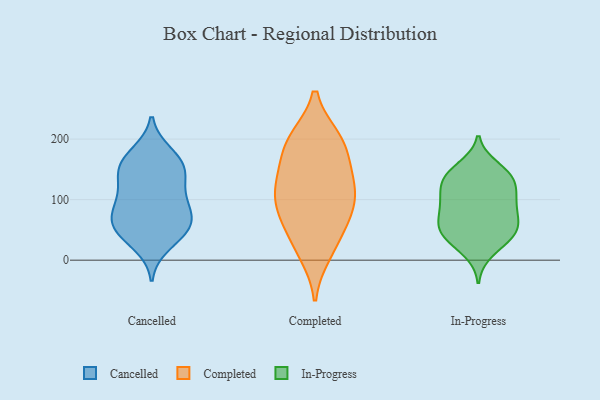
{"axis": {"x": "Bounce Rate (%)", "y": "Value"}, "legend": ["Cancelled", "Completed", "In-Progress"], "data": [{"x": "", "y": 88, "type": "Cancelled"}, {"x": "", "y": 173, "type": "Cancelled"}, {"x": "", "y": 64, "type": "Cancelled"}, {"x": "", "y": 148, "type": "Cancelled"}, {"x": "", "y": 114, "type": "Cancelled"}, {"x": "", "y": 43, "type": "Cancelled"}, {"x": "", "y": 56, "type": "Cancelled"}, {"x": "", "y": 54, "type": "Cancelled"}, {"x": "", "y": 177, "type": "Cancelled"}, {"x": "", "y": 148, "type": "Cancelled"}, {"x": "", "y": 154, "type": "Cancelled"}, {"x": "", "y": 88, "type": "Cancelled"}, {"x": "", "y": 79, "type": "Cancelled"}, {"x": "", "y": 111, "type": "Cancelled"}, {"x": "", "y": 51, "type": "Cancelled"}, {"x": "", "y": 146, "type": "Cancelled"}, {"x": "", "y": 25, "type": "Cancelled"}, {"x": "", "y": 12, "type": "Completed"}, {"x": "", "y": 200, "type": "Completed"}, {"x": "", "y": 177, "type": "Completed"}, {"x": "", "y": 57, "type": "Completed"}, {"x": "", "y": 90, "type": "Completed"}, {"x": "", "y": 106, "type": "Completed"}, {"x": "", "y": 127, "type": "Completed"}, {"x": "", "y": 71, "type": "Completed"}, {"x": "", "y": 200, "type": "Completed"}, {"x": "", "y": 132, "type": "Completed"}, {"x": "", "y": 195, "type": "Completed"}, {"x": "", "y": 24, "type": "Completed"}, {"x": "", "y": 141, "type": "Completed"}, {"x": "", "y": 92, "type": "Completed"}, {"x": "", "y": 57, "type": "In-Progress"}, {"x": "", "y": 124, "type": "In-Progress"}, {"x": "", "y": 60, "type": "In-Progress"}, {"x": "", "y": 92, "type": "In-Progress"}, {"x": "", "y": 47, "type": "In-Progress"}, {"x": "", "y": 68, "type": "In-Progress"}, {"x": "", "y": 13, "type": "In-Progress"}, {"x": "", "y": 97, "type": "In-Progress"}, {"x": "", "y": 109, "type": "In-Progress"}, {"x": "", "y": 76, "type": "In-Progress"}, {"x": "", "y": 133, "type": "In-Progress"}, {"x": "", "y": 144, "type": "In-Progress"}, {"x": "", "y": 36, "type": "In-Progress"}, {"x": "", "y": 40, "type": "In-Progress"}, {"x": "", "y": 98, "type": "In-Progress"}, {"x": "", "y": 130, "type": "In-Progress"}, {"x": "", "y": 38, "type": "In-Progress"}, {"x": "", "y": 144, "type": "In-Progress"}, {"x": "", "y": 154, "type": "In-Progress"}]}